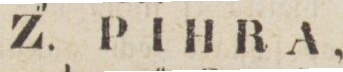
Z. PIHRA,